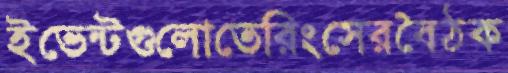
ইভেন্টগুলোতেরিংসেরবৈঠক